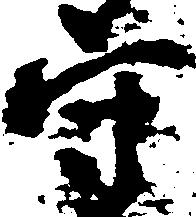
守